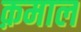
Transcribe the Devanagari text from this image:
क़माल